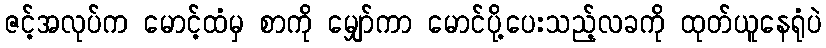
ဇင့်အလုပ်က မောင့်ထံမှ စာကို မျှော်ကာ မောင်ပို့ပေးသည့်လခကို ထုတ်ယူနေရုံပဲ